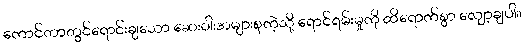
ကောင်တာတွင်ရောင်းချသော ဆေးဝါးအများစုကဲ့သို့ ရောင်ရမ်းမှုကို ထိရောက်စွာ လျှော့ချပါ။